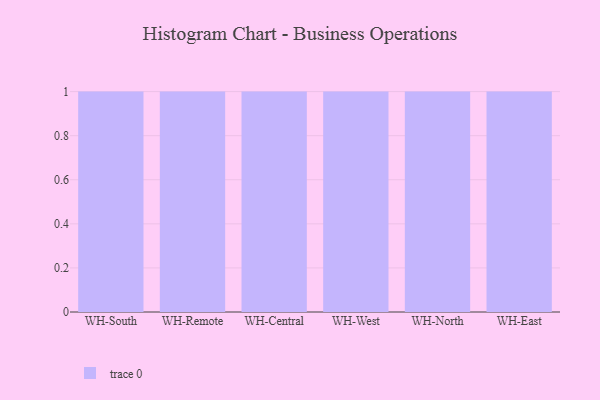
{"axis": {"x": "Warehouse", "y": "Production Output"}, "legend": [""], "data": [{"x": "WH-South", "y": 38, "type": ""}, {"x": "WH-Remote", "y": 76, "type": ""}, {"x": "WH-Central", "y": 31, "type": ""}, {"x": "WH-West", "y": 4, "type": ""}, {"x": "WH-North", "y": 7, "type": ""}, {"x": "WH-East", "y": 100, "type": ""}]}